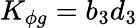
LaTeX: K_{\phi g}=b_{3}d_{3}